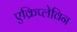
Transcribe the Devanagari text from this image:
एक्रिप्लेविन